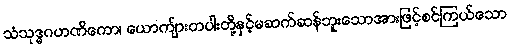
သံသုဒ္ဓဂဟဏိကော၊ ယောကျ်ားတပါးတို့နှင့်မဆက်ဆန်ဘူးသောအားဖြင့်စင်ကြယ်သော